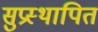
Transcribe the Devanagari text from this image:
सुप्रस्थापित